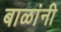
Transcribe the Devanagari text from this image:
बाळांनी